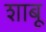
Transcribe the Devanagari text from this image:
शाबू